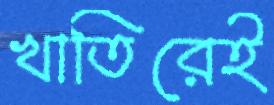
খাতিরেই